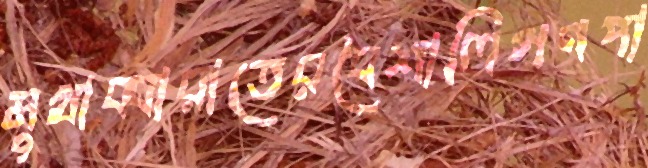
মুখাব্বারাতেরবৈশালিগণপা